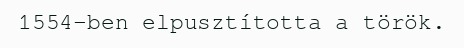
1554-ben elpusztította a török.